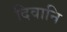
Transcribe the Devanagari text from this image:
दिवानि